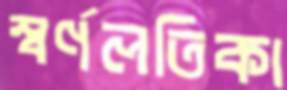
স্বর্ণলতিকা